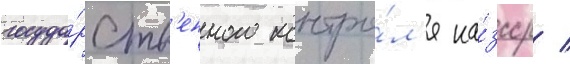
госуда́рств'енного контро́л'я ка́зсср /